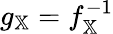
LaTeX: g_{\mathbb{X}}=f_{\mathbb{X}}^{-1}